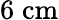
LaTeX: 6\; \mathrm{{cm}}